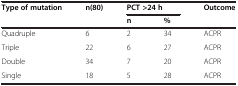
<table><thead><tr><td><b>Type of mutation</b></td><td><b>n(80)</b></td><td colspan="2"><b>PCT &gt;24 h</b></td><td><b>Outcome</b></td></tr><tr><td><b> </b></td><td><b> </b></td><td><b>n</b></td><td><b>%</b></td><td><b> </b></td></tr></thead><tbody><tr><td>Quadruple</td><td>6</td><td>2</td><td>34</td><td>ACPR</td></tr><tr><td>Triple</td><td>22</td><td>6</td><td>27</td><td>ACPR</td></tr><tr><td>Double</td><td>34</td><td>7</td><td>20</td><td>ACPR</td></tr><tr><td>Single</td><td>18</td><td>5</td><td>28</td><td>ACPR</td></tr></tbody></table>